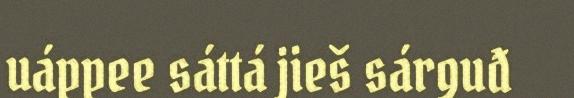
uáppee sáttá jieš sárguđ